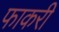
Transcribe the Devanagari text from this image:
फाकरी